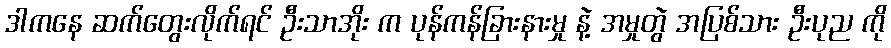
ဒါကနေ ဆက်တွေးလိုက်ရင် ဦးသာအိုး က ပုန်ကန်ခြားနားမှု နဲ့ အမှုတွဲ အပြစ်သား ဦးပုည ကို